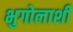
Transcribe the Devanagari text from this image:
भुगोलाशी